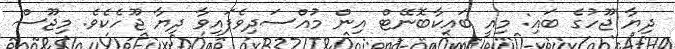
ދިޔާ ޖޫހުގެ ބައި: މިއީ ބައިކާބޮނޭޓް އިން މުއްސަދިވެފައިވާ ދިޔާ ޖޫހެކެވެ. މިޖޫސް